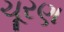
ચૂરણ